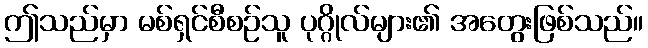
ဤသည်မှာ မစ်ရှင်စီစဉ်သူ ပုဂ္ဂိုလ်များ၏ အတွေးဖြစ်သည်။